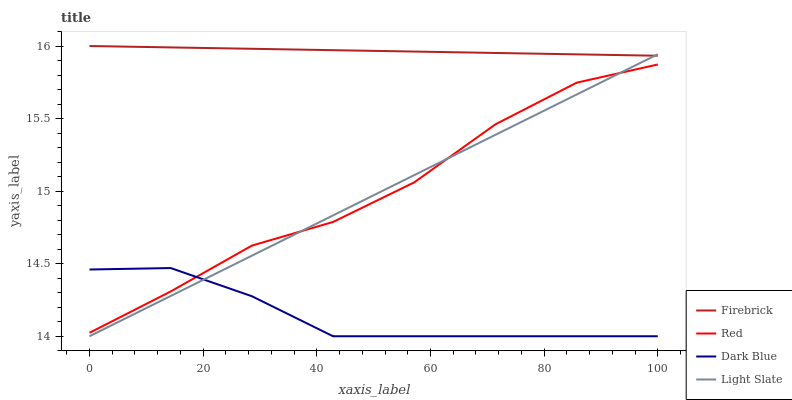
| xaxis_label | Firebrick | Red | Dark Blue | Light Slate |
 | --- | --- | --- | --- | --- |
 | 0 | 16 | 14 | 14.5 | 14 |
 | 14.3 | 16 | 14.3 | 14.5 | 14.3 |
 | 28.6 | 16 | 14.6 | 14.3 | 14.6 |
 | 42.9 | 16 | 14.8 | 14 | 14.8 |
 | 57.1 | 16 | 15.1 | 14 | 15.1 |
 | 71.4 | 16 | 15.5 | 14 | 15.4 |
 | 85.7 | 15.9 | 15.7 | 14 | 15.7 |
 | 100 | 15.9 | 15.9 | 14 | 15.9 |